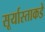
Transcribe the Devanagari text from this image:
सूर्यास्ताकडे